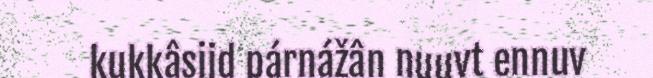
kukkâsijd párnážân nuuvt ennuv